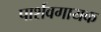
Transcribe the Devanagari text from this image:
पार्शवगायक